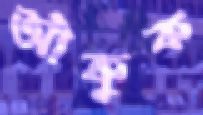
আঁকুক